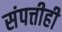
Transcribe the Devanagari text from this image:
संपत्तीही